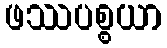
ဖဿပစ္စယာ